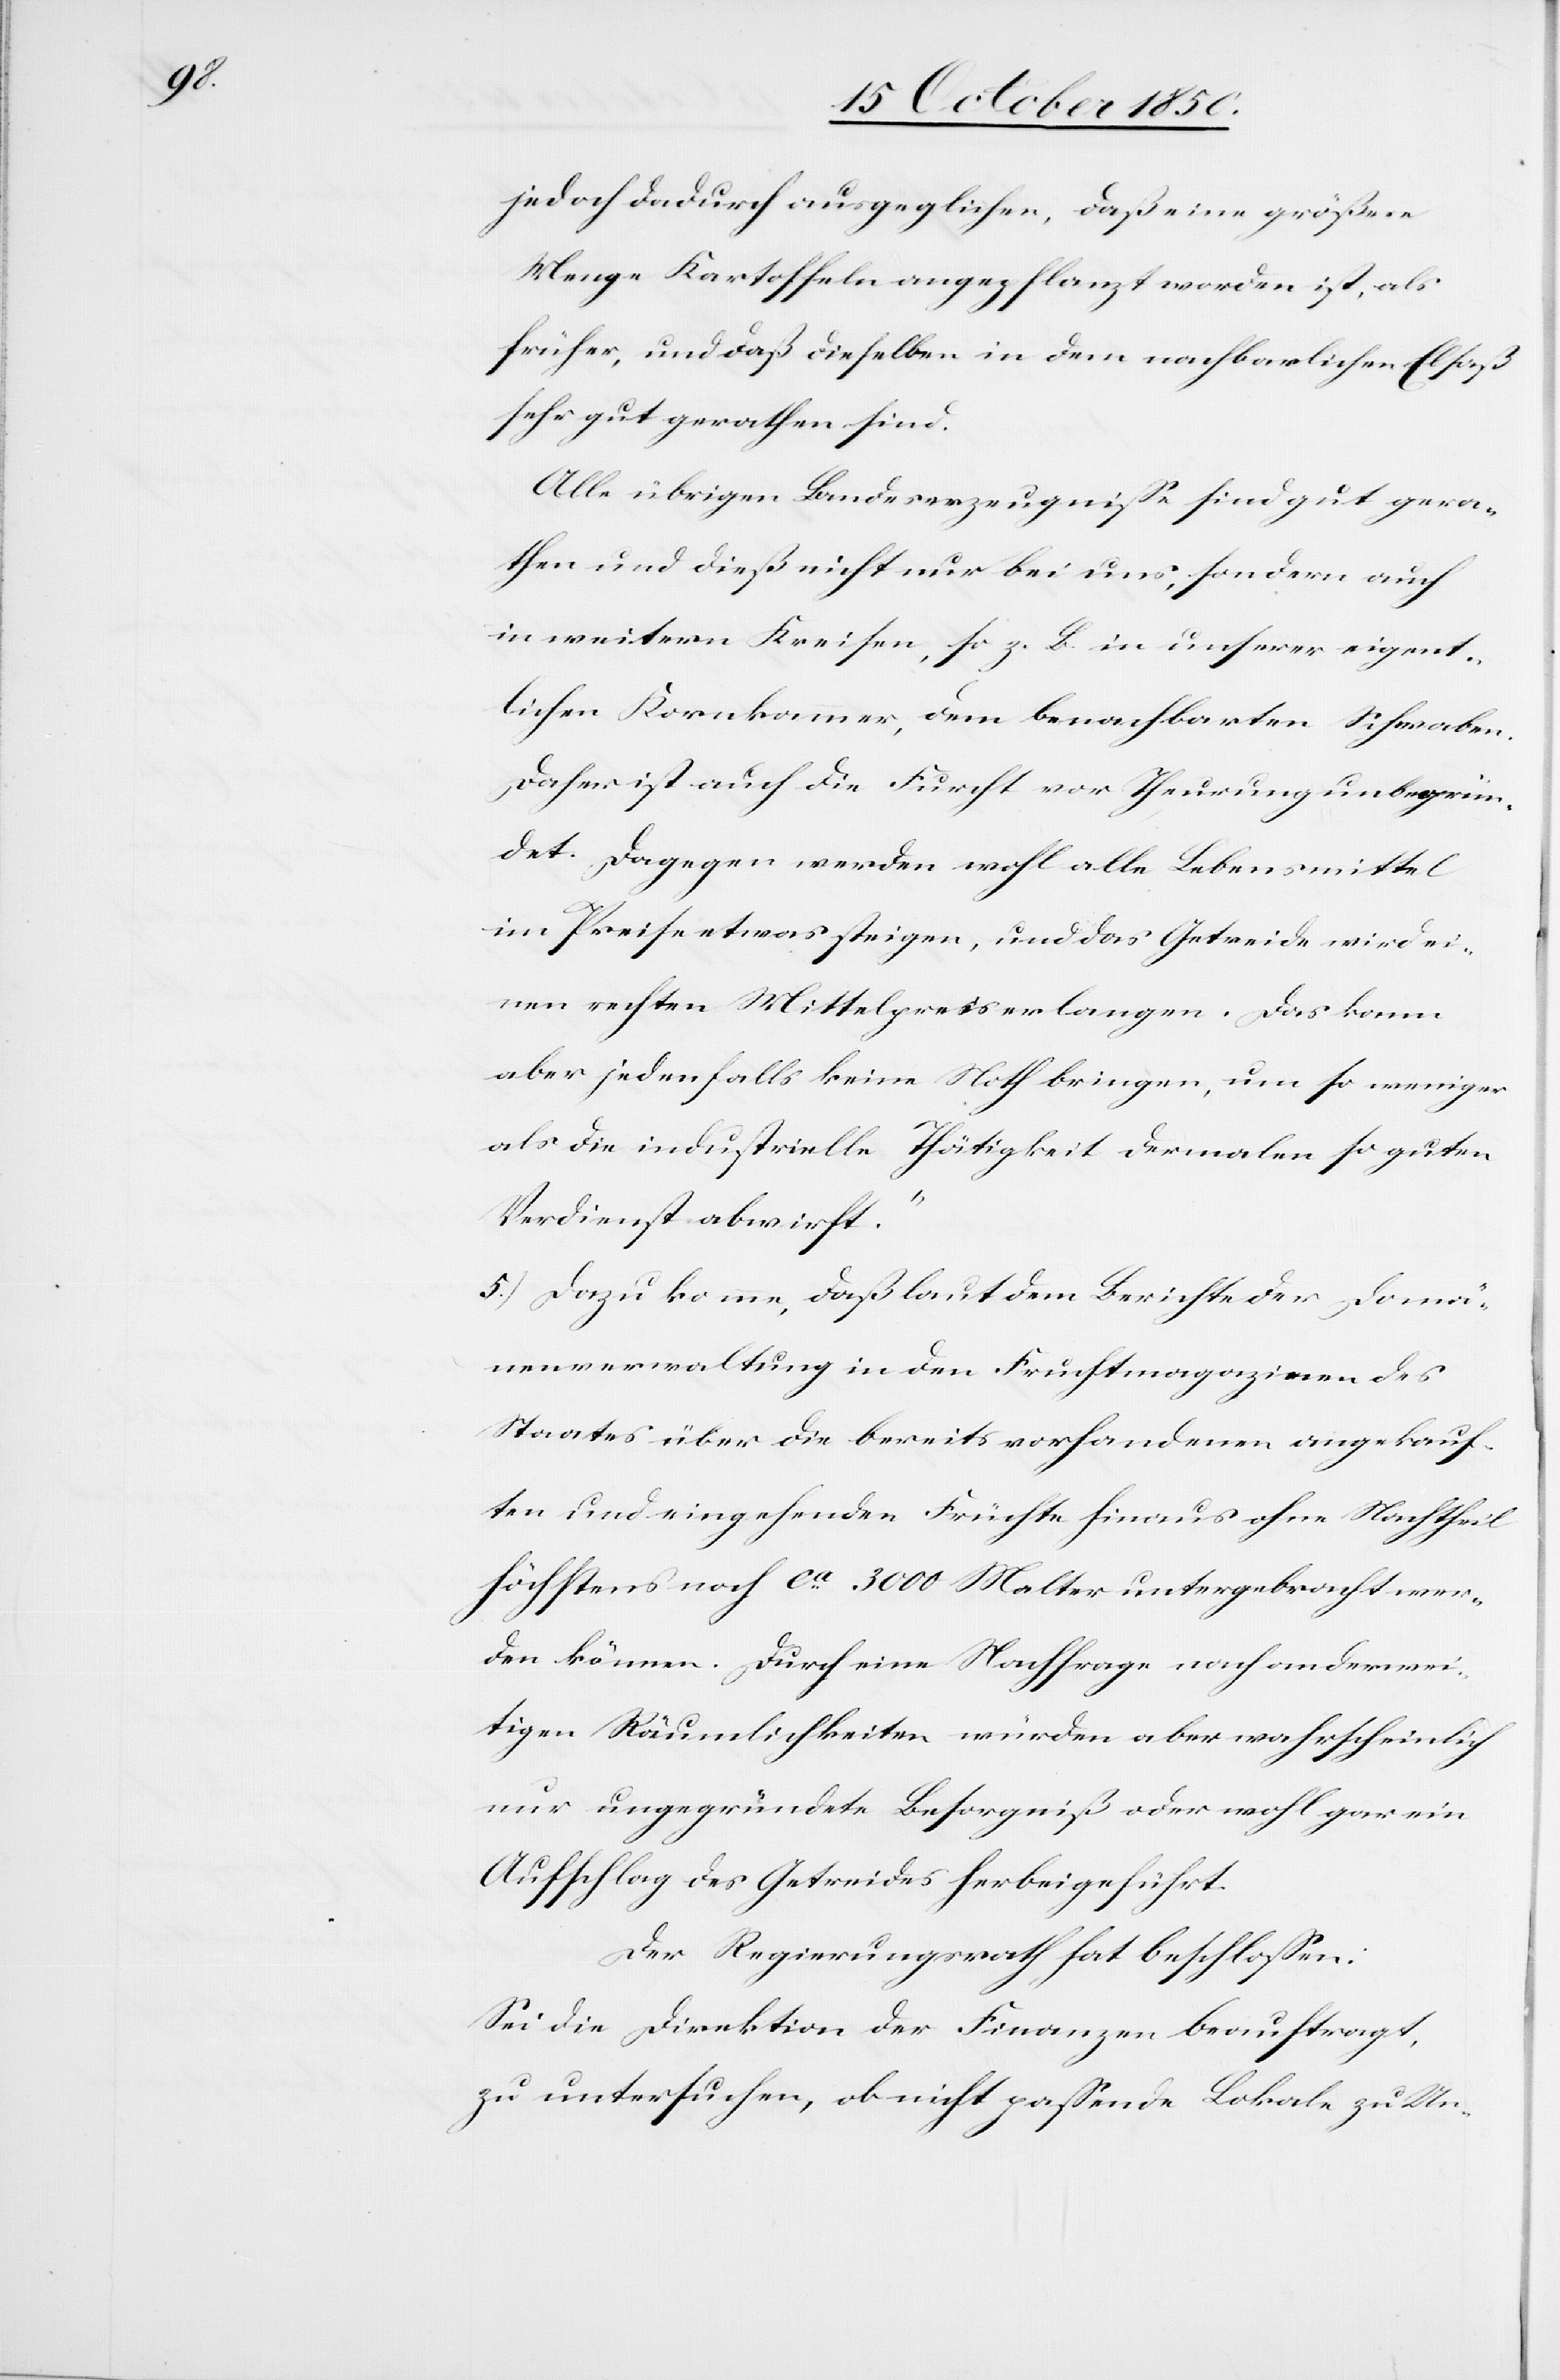
jedoch dadurch ausgeglichen, daß eine größere
Menge Kartoffeln angepflanzt worden ist, als
früher, und daß dieselben in dem nachbarlichen Elsaß
sehr gut gerathen sind.
Alle übrigen Landeserzeugnisse sind gut gera¬
then und dieß nicht nur bei uns, sondern auch
in weitern Kreisen, so z. B. in unserer eigent¬
lichen Kornkammer, dem benachbarten Schwaben.
Daher ist auch die Furcht vor Theurung unbegrün¬
det. Dagegen werden wohl alle Lebensmittel
im Preise etwas steigen, und das Getreide wird ei¬
nen rechten Mittelpreis erlangen. Das kann
aber jedenfalls keine Noth bringen, um so weniger
als die industrielle Thätigkeit dermalen so guten
Verdienst abwirft.“
5.) Dazu komme, daß laut dem Berichte der Domä¬
nenverwaltung in den Fruchtmagazinen des
Staates über die bereits vorhandenen angekauf¬
ten und eingehenden Früchte hinaus ohne Nachtheil
höchstens noch ca 3000 Malter untergebracht wer¬
den können. Durch eine Nachfrage nach anderwei¬
tigen Räumlichkeiten würden aber wahrscheinlich
nur ungegründete Besorgniß oder wohl gar ein
Aufschlag des Getreides herbeigeführt.
Der Regierungsrath hat beschlossen:
Sei die Direktion der Finanzen beauftragt,
zu untersuchen, ob nicht passende Lokale zu Un-